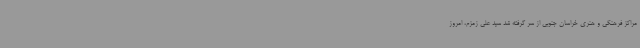
مراکز فرهنگی و هنری خراسان جنوبی از سر گرفته شد سید علی زمزم، امروز